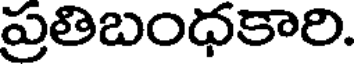
ప్రతిబంధకారి.